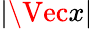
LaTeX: |\Vec{x}|